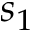
s _ { 1 }